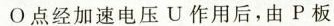
O点经加速电压U作用后，由P板